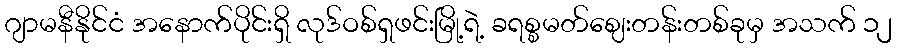
ဂျာမနီနိုင်ငံ အနောက်ပိုင်းရှိ လုဒ်ဝစ်ရှဖင်းမြို့ရဲ့ ခရစ္စမတ်ဈေးတန်းတစ်ခုမှ အသက် ၁၂